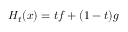
H _ { t } ( x ) = t f + ( 1 - t ) g